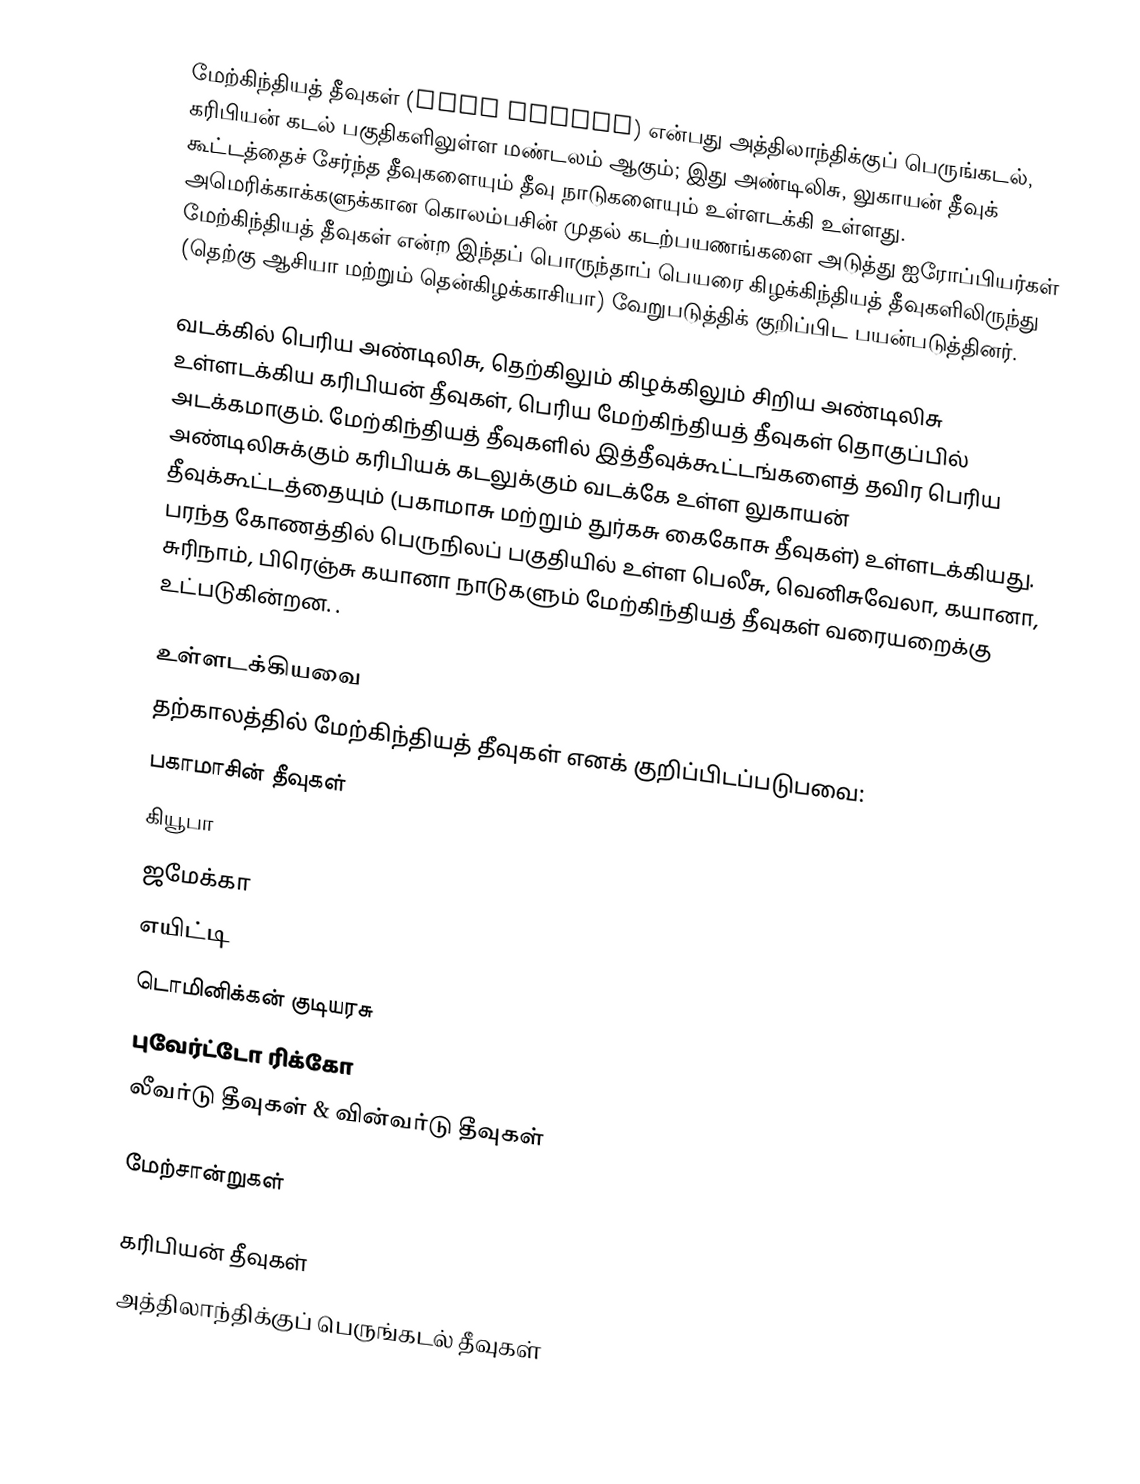
மேற்கிந்தியத் தீவுகள் (West Indies) என்பது அத்திலாந்திக்குப் பெருங்கடல், கரிபியன் கடல் பகுதிகளிலுள்ள மண்டலம் ஆகும்; இது  அண்டிலிசு, லுகாயன் தீவுக் கூட்டத்தைச் சேர்ந்த தீவுகளையும் தீவு நாடுகளையும் உள்ளடக்கி உள்ளது. அமெரிக்காக்களுக்கான கொலம்பசின் முதல் கடற்பயணங்களை அடுத்து  ஐரோப்பியர்கள் மேற்கிந்தியத் தீவுகள் என்ற இந்தப் பொருந்தாப் பெயரை  கிழக்கிந்தியத் தீவுகளிலிருந்து (தெற்கு ஆசியா மற்றும் தென்கிழக்காசியா) வேறுபடுத்திக் குறிப்பிட பயன்படுத்தினர்.

வடக்கில் பெரிய அண்டிலிசு, தெற்கிலும் கிழக்கிலும் சிறிய அண்டிலிசு உள்ளடக்கிய கரிபியன் தீவுகள், பெரிய மேற்கிந்தியத் தீவுகள் தொகுப்பில் அடக்கமாகும். மேற்கிந்தியத் தீவுகளில் இத்தீவுக்கூட்டங்களைத் தவிர பெரிய அண்டிலிசுக்கும்  கரிபியக் கடலுக்கும் வடக்கே உள்ள லுகாயன் தீவுக்கூட்டத்தையும்  (பகாமாசு மற்றும் துர்கசு கைகோசு தீவுகள்) உள்ளடக்கியது. பரந்த கோணத்தில்  பெருநிலப் பகுதியில் உள்ள பெலீசு, வெனிசுவேலா, கயானா, சுரிநாம், பிரெஞ்சு கயானா நாடுகளும் மேற்கிந்தியத் தீவுகள் வரையறைக்கு உட்படுகின்றன. .

உள்ளடக்கியவை
தற்காலத்தில் மேற்கிந்தியத் தீவுகள் எனக் குறிப்பிடப்படுபவை:
பகாமாசின் தீவுகள்
கியூபா
ஜமேக்கா
எயிட்டி
டொமினிக்கன் குடியரசு
புவேர்ட்டோ ரிக்கோ
லீவர்டு தீவுகள் & வின்வர்டு தீவுகள்

மேற்சான்றுகள்

கரிபியன் தீவுகள்
அத்திலாந்திக்குப் பெருங்கடல் தீவுகள்